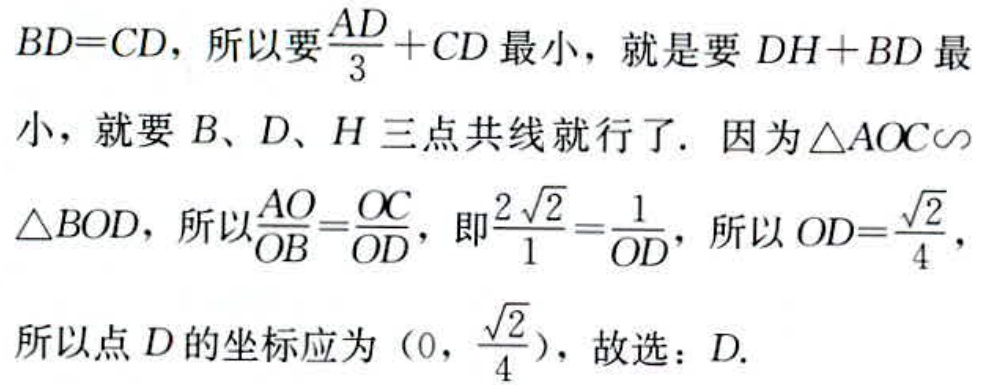
$BD = CD，所以要\frac{AD}{3}+CD最小，就是要DH + BD最\\
小，就要B、D、H三点共线就行了. 因为\triangle AOC\backsim\\
\triangle BOD，所以\frac{AO}{OB}=\frac{OC}{OD}，即\frac{2\sqrt{2}}{1}=\frac{1}{OD}，所以OD = \frac{\sqrt{2}}{4}，\\
所以点D的坐标应为(0，\frac{\sqrt{2}}{4})，故选：D.$